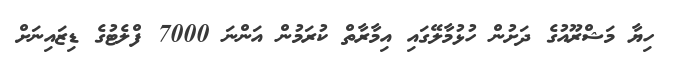
ހިޔާ މަޝްރޫއުގެ ދަށުން ހުޅުމާލޭގައި އިމާރާތް ކުރަމުން އަންނަ 7000 ފްލެޓުގެ ޑިޒައިނަށް